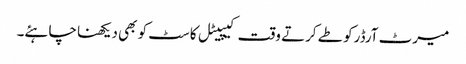
میرٹ آرڈرکو طے کرتے وقت کیپیٹل کاسٹ کو بھی دیکھنا چاہئے۔